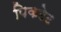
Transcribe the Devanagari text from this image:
पिकटेट